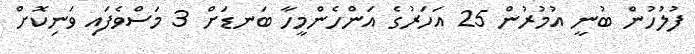
ފުލުހުން ބުނީ އުމުރުން 25 އަހަރުގެ އަންހެންމީހާ ބަނޑަށް 3 މަސްވެފައި ވަނިކޮށް